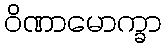
ဝိဏာမောက္ခာ